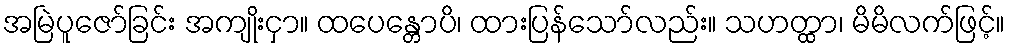
အမြဲပူဇော်ခြင်း အကျိုးငှာ။ ထပေန္တောပိ၊ ထားပြန်သော်လည်း။ သဟတ္ထာ၊ မိမိလက်ဖြင့်။